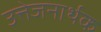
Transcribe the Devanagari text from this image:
उत्तेजनार्थक